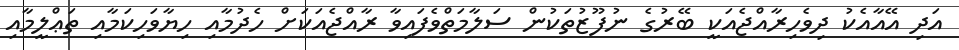
އަދި އޭއާއެކު ދިވެހިރާއްޖެއަކީ ބޭރުގެ ނުފޫޒުތަކުން ސަލާމަތްވެފައިވާ ރާއްޖެއަކަށް ހެދުމާއި ހިޔާވަހިކަމާއި ތަޢްލީމާއި